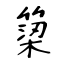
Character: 𥱋